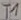
Text: T1